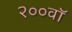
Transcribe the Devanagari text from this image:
२००वॉ